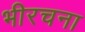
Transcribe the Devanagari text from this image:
भीरचना